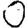
Digit: 0